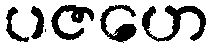
ပဇဟေ